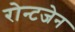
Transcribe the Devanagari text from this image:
रोन्टजेन